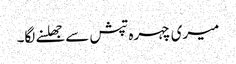
میری چہرہ تپش سے جھلسنے لگا۔